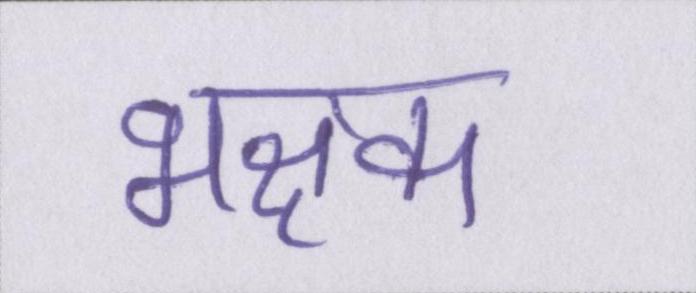
भक्षक